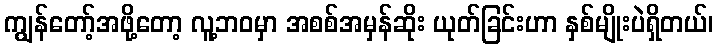
ကျွန်တော့်အဖို့တော့ လူ့ဘဝမှာ အစစ်အမှန်ဆိုး ယုတ်ခြင်းဟာ နှစ်မျိုးပဲရှိတယ်၊